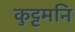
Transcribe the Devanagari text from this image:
कुट्टमनि